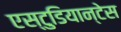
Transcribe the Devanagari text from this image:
एस्टुडियान्टेस